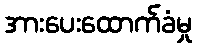
အားပေးထောက်ခံမှု